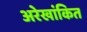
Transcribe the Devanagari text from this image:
अरेखांकित